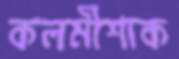
কলমীশাক